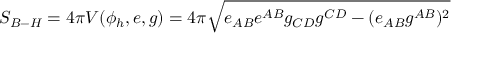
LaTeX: S _ { B - H } = 4 \pi V ( \phi _ { h } , e , g ) = 4 \pi \sqrt { e _ { A B } e ^ { A B } g _ { C D } g ^ { C D } - ( e _ { A B } g ^ { A B } ) ^ { 2 } }